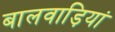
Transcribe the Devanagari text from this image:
बालवाड़ियां